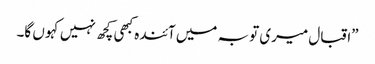
”اقبال میری تو بہ میں آئندہ کبھی کچھ نہیں کہو ں گا۔